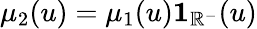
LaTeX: \mu_{2}(u)=\mu_{1}(u)\mathbf{1}_{\mathbb R^{-}}(u)